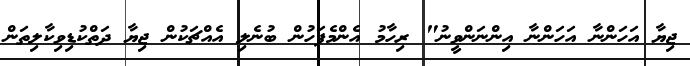
ޖިޔާ އަހަންނާ އަހަންނާ އިންނަންވީނު" ރިހާމު އެންމެފަހުން ބުނެލި އެއްޗަކުން ޖިޔާ ދަތްކުޑިވިކާލިތަން